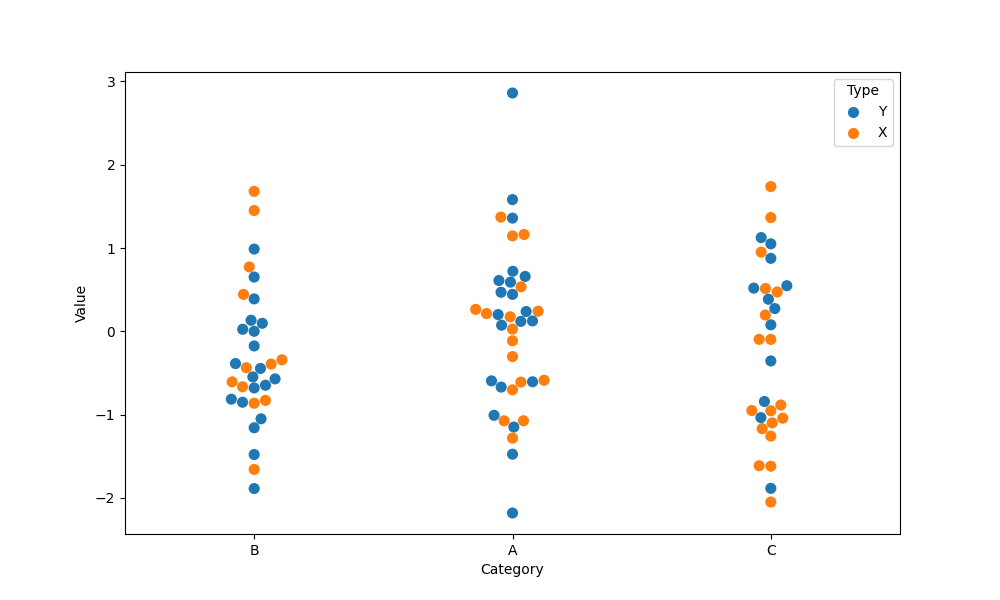
python, seaborn, swarmplot, dodge=False, alpha=1.0, size=8